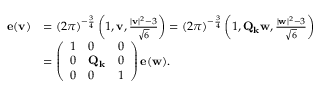
\begin{array} { r l } { \mathbf { e } ( \mathbf { v } ) } & { = ( 2 \pi ) ^ { - \frac { 3 } { 4 } } \left( 1 , \mathbf { v } , \frac { | \mathbf { v } | ^ { 2 } - 3 } { \sqrt { 6 } } \right) = ( 2 \pi ) ^ { - \frac { 3 } { 4 } } \left( 1 , \mathbf { Q } _ { \mathbf { k } } \mathbf { w } , \frac { | \mathbf { w } | ^ { 2 } - 3 } { \sqrt { 6 } } \right) } \\ & { = \left( \begin{array} { l l l } { 1 } & { 0 } & { 0 } \\ { 0 } & { \mathbf { Q } _ { \mathbf { k } } } & { 0 } \\ { 0 } & { 0 } & { 1 } \end{array} \right) \mathbf { e } ( \mathbf { w } ) . } \end{array}